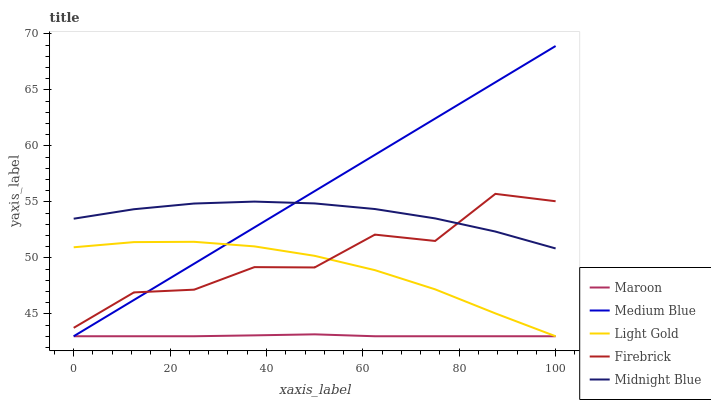
| xaxis_label | Maroon | Medium Blue | Light Gold | Firebrick | Midnight Blue |
 | --- | --- | --- | --- | --- | --- |
 | 0 | 43 | 43 | 50.9 | 43.8 | 53.5 |
 | 12.5 | 43 | 46.2 | 51.4 | 46.9 | 54.3 |
 | 25 | 43 | 49.5 | 51.4 | 47.2 | 54.9 |
 | 37.5 | 43.1 | 52.7 | 51 | 49.2 | 55 |
 | 50 | 43.2 | 56 | 50.2 | 49.1 | 54.9 |
 | 62.5 | 43 | 59.2 | 48.9 | 52.1 | 54.4 |
 | 75 | 43 | 62.4 | 47.2 | 51.5 | 53.5 |
 | 87.5 | 43 | 65.7 | 45 | 55.7 | 52.4 |
 | 100 | 43 | 68.9 | 43 | 55.1 | 50.8 |